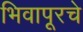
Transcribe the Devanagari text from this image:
भिवापूरचे